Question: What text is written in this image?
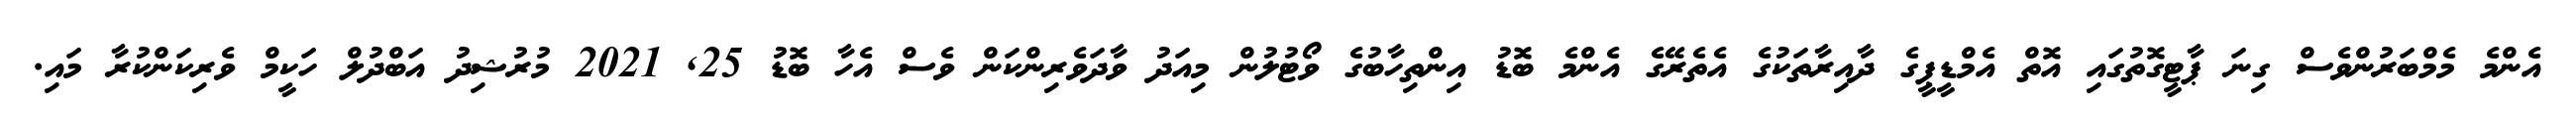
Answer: އެންމެ މެމްބަރުންވެސް ގިނަ ޕާޓީގޮތުގައި އޮތް އެމްޑީޕީގެ ދާއިރާތަކުގެ އެތެރޭގެ އެންމެ ބޮޑު އިންތިހާބުގެ ވޯޓުލުން މިއަދު ވާދަވެރިންކަން ވެސް އެހާ ބޮޑު 25, 2021 މުރުޝިދު އަބްދުލް ހަކީމް ވެރިކަންކުރާ މައި.